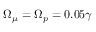
\Omega _ { \mu } = \Omega _ { p } = 0 . 0 5 \gamma